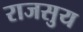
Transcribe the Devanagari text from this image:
राजसुय